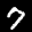
Label: 7